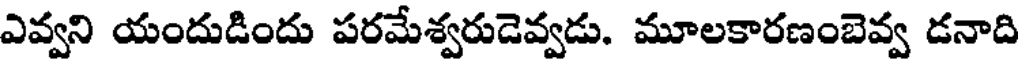
ఎవ్వని యందుడిందు పరమేశ్వరుడెవ్వడు. మూలకారణంబెవ్వ డనాది